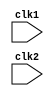
module pipe_MIPS32(clk1, clk2);
input clk1, clk2;
reg [31:0] pc, if_id_ir, if_id_npc;
reg [31:0] id_ex_ir, id_ex_npc, id_ex_a, id_ex_b, id_ex_imm;
reg [2:0] id_ex_type, ex_mem_type, mem_wb_type;
reg [31:0] ex_mem_ir, ex_mem_alu, ex_mem_b;
reg ex_mem_cond;
reg [31:0] mem_wb_ir, mem_wb_alu, mem_wb_lmd;

reg [31:0] Reg [0:31];
reg [31:0] mem[0:1023];


parameter add=6'b000000, sub=6'b000001, And=6'b000010, Or=6'b000011, slt=6'b000100; 
parameter mul=6'b000101, hlt=6'b111111, lw=6'b001000, sw=6'b001001, addi=6'b001010;
parameter subi=6'b001011, slti=6'b001100, bneqz=6'b001101, beqz=6'b001110;


parameter rr_alu=3'b000, rm_alu=3'b001, load=3'b010, store=3'b011, branch=3'b100,
          halt=3'b101;

reg halted;
reg taken_branch;

always@(posedge clk1)
begin
if(halted==0)
begin
if(((ex_mem_ir[31:26]==beqz) && (ex_mem_cond==1)) || ((ex_mem_ir[31:26]==bneqz) && (ex_mem_cond==0)))
begin
if_id_ir <= #2 mem[ex_mem_alu];
taken_branch <= #2 1'b1;
if_id_npc <= #2 ex_mem_alu+1;
pc <= #2 ex_mem_alu+1;
end
else
begin
if_id_ir <= #2 mem[pc];
if_id_npc <= #2 pc+1;
pc <= #2 pc+1;
end
end
end

always@(posedge clk2)
begin
if(halted==0)
begin
if(if_id_ir[25:21]==5'b00000)
id_ex_a <= 0;
else
id_ex_a <= #2 Reg[if_id_ir[25:21]];

if(if_id_ir[20:16]==5'b00000)
id_ex_b <= 0;
else
id_ex_b <= #2 Reg[if_id_ir[20:16]];

id_ex_npc <= #2 if_id_npc;
id_ex_ir <= #2 if_id_ir;
id_ex_imm <= #2 {{16{if_id_ir[15]}}, {if_id_ir[15:0]}};

case(if_id_ir[31:26])
add,sub,And,Or,slt,mul: id_ex_type <= rr_alu;
addi,subi,slti: id_ex_type <= rm_alu;
lw: id_ex_type <= load;
sw: id_ex_type <= store;
bneqz,beqz: id_ex_type <= branch;
hlt:  id_ex_type <= halt;
default: id_ex_type <= halt;
endcase
end
end

always@(posedge clk1)
begin
if(halted==0)
begin
ex_mem_type <= #2 id_ex_type;
ex_mem_ir <= #2 id_ex_ir;
taken_branch <= #2 0;

case(id_ex_type)
rr_alu:
begin
case(id_ex_ir[31:26])
add: ex_mem_alu <= #2 id_ex_a + id_ex_b;
sub: ex_mem_alu <= #2 id_ex_a - id_ex_b;
And: ex_mem_alu <= #2 id_ex_a & id_ex_b;
Or: ex_mem_alu <= #2 id_ex_a | id_ex_b;
slt: ex_mem_alu <= #2 id_ex_a < id_ex_b;
mul: ex_mem_alu <= #2 id_ex_a * id_ex_b;
default: ex_mem_alu <= #2 32'hxxxxxxxx;
endcase
end

rm_alu: 
begin
case(id_ex_ir[31:26])
addi: ex_mem_alu <= #2 id_ex_a + id_ex_imm;
subi: ex_mem_alu <= #2 id_ex_a - id_ex_imm;
slti: ex_mem_alu <= #2 id_ex_a < id_ex_imm;
default: ex_mem_alu <= #2 32'hxxxxxxxx;
endcase
end

load, store:
begin
ex_mem_alu <= #2 id_ex_a + id_ex_imm;
ex_mem_b <= #2 id_ex_b;
end

branch:
begin
ex_mem_alu <= #2 id_ex_npc + id_ex_imm;
ex_mem_cond <= #2 (id_ex_a==0);
end
endcase
end
end

always@(posedge clk2)
begin
if(halted==0)
begin
mem_wb_type <= #2 ex_mem_type;
mem_wb_ir <= #2 ex_mem_ir;
case(ex_mem_type)
rr_alu, rm_alu: mem_wb_alu <= #2 ex_mem_alu;
load: mem_wb_lmd <= #2 mem[ex_mem_alu];
store: if(taken_branch==0)
mem[ex_mem_alu] <= #2 ex_mem_b;
endcase
end
end

always@(posedge clk1)
begin
if (taken_branch==0)
begin
case(mem_wb_type)
rr_alu: Reg[mem_wb_ir[15:11]] <= #2 mem_wb_alu;
rm_alu: Reg[mem_wb_ir[20:16]] <= #2 mem_wb_alu;
load:  Reg[mem_wb_ir[20:16]] <= #2 mem_wb_lmd;
halt: halted <= #2 1'b1;
endcase
end
end

endmodule